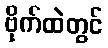
ဗိုက်ထဲတွင်